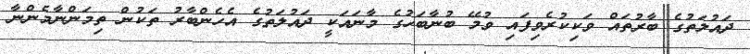
ދައުލަތުގެ ބާރުތައް ވަކިކުރެވިފައި ވުމޭ ބުނާބަހުގެ މާނައަކީ ދައުލަތުގެ އެހެންބާރު ތަކުން ތިމަންނާމެންނާ